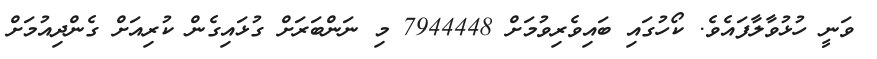
ވަނީ ހުޅުވާލާފައެވެ. ކޯހުގައި ބައިވެރިވުމަށް 7944448 މި ނަންބަރަށް ގުޅައިގެން ކުރިއަށް ގެންދިއުމަށް